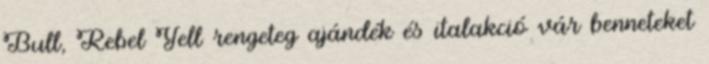
Bull, Rebel Yell rengeteg ajándék és italakció vár benneteket